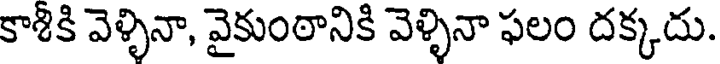
కాశికి వెళ్ళినా, వైకుంఠానికి వెళ్ళినా ఫలం దక్కదు.